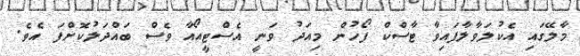
މާލޭގައި އެކުލަވާލާފައިވާ ޓާސްކް ފޯހުން މިއަދު ވަނީ އެސްޓީއޯއާ ވެސް ބައްދަލުކޮށްފަ އެވެ.